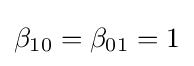
\beta _{10}=\beta _{01}=1